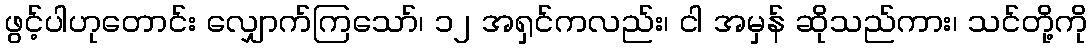
ဖွင့်ပါဟုတောင်း လျှောက်ကြသော်၊ ၁၂ အရှင်ကလည်း၊ ငါ အမှန် ဆိုသည်ကား၊ သင်တို့ကို